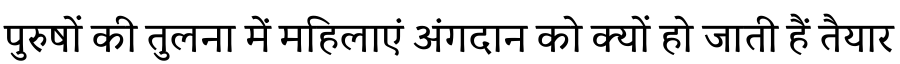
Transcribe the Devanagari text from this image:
पुरुषों की तुलना में महिलाएं अंगदान को क्यों हो जाती हैं तैयार